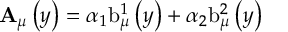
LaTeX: \mathbf { A } _ { \mu } \left( y \right) = \alpha _ { 1 } \mathrm { b } _ { \mu } ^ { 1 } \left( y \right) + \alpha _ { 2 } \mathrm { b } _ { \mu } ^ { 2 } \left( y \right)